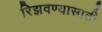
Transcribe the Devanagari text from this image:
रिझवण्यासाठी